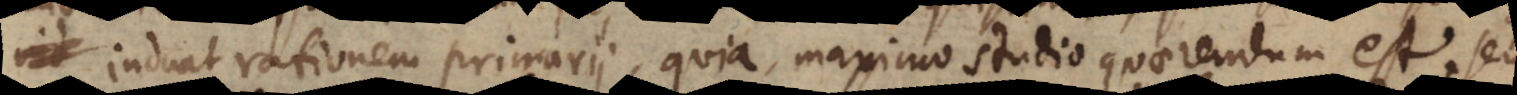
, induat rationem primarii, quia maximo studio quaerendum est, seu